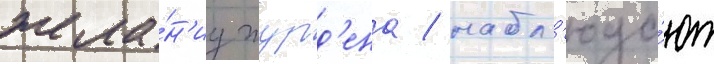
жела́н'иу журд'ена / набл'юда́ют